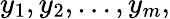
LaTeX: y_{1},y_{2},\dots,y_{m},